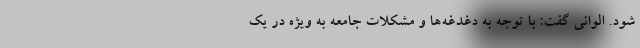
شود. الوانی گفت: با توجه به دغدغه‌ها و مشکلات جامعه به ویژه در یک